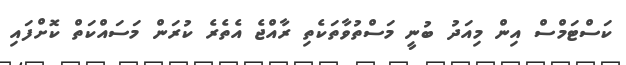
ކަސްޓަމްސް އިން މިއަދު ބުނީ މަސްތުވާތަކެތި ރާއްޖެ އެތެރެ ކުރަން މަސައްކަތް ކޮށްފައި